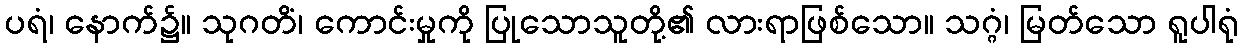
ပရံ၊ နောက်၌။ သုဂတိံ၊ ကောင်းမှုကို ပြုသောသူတို့၏ လားရာဖြစ်သော။ သဂ္ဂံ၊ မြတ်သော ရူပါရုံ